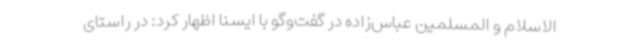
الاسلام و المسلمین عباس‌زاده در گفت‌وگو با ایسنا اظهار کرد: در راستای